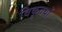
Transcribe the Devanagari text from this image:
विकृतयों